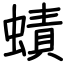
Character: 𧐐